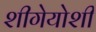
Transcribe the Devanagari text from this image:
शीगेयोशी